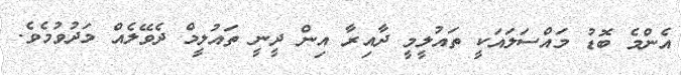
އެންމެ ބޮޑު މައްސަލައަކީ ތައުލީމީ ދާއިރާ އިން ދީނީ ތައުލީމް ދެވޭލެއް މަދުވުމެވެ.